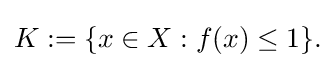
{\textstyle K:=\{x\in X:f(x)\leq 1\}.}